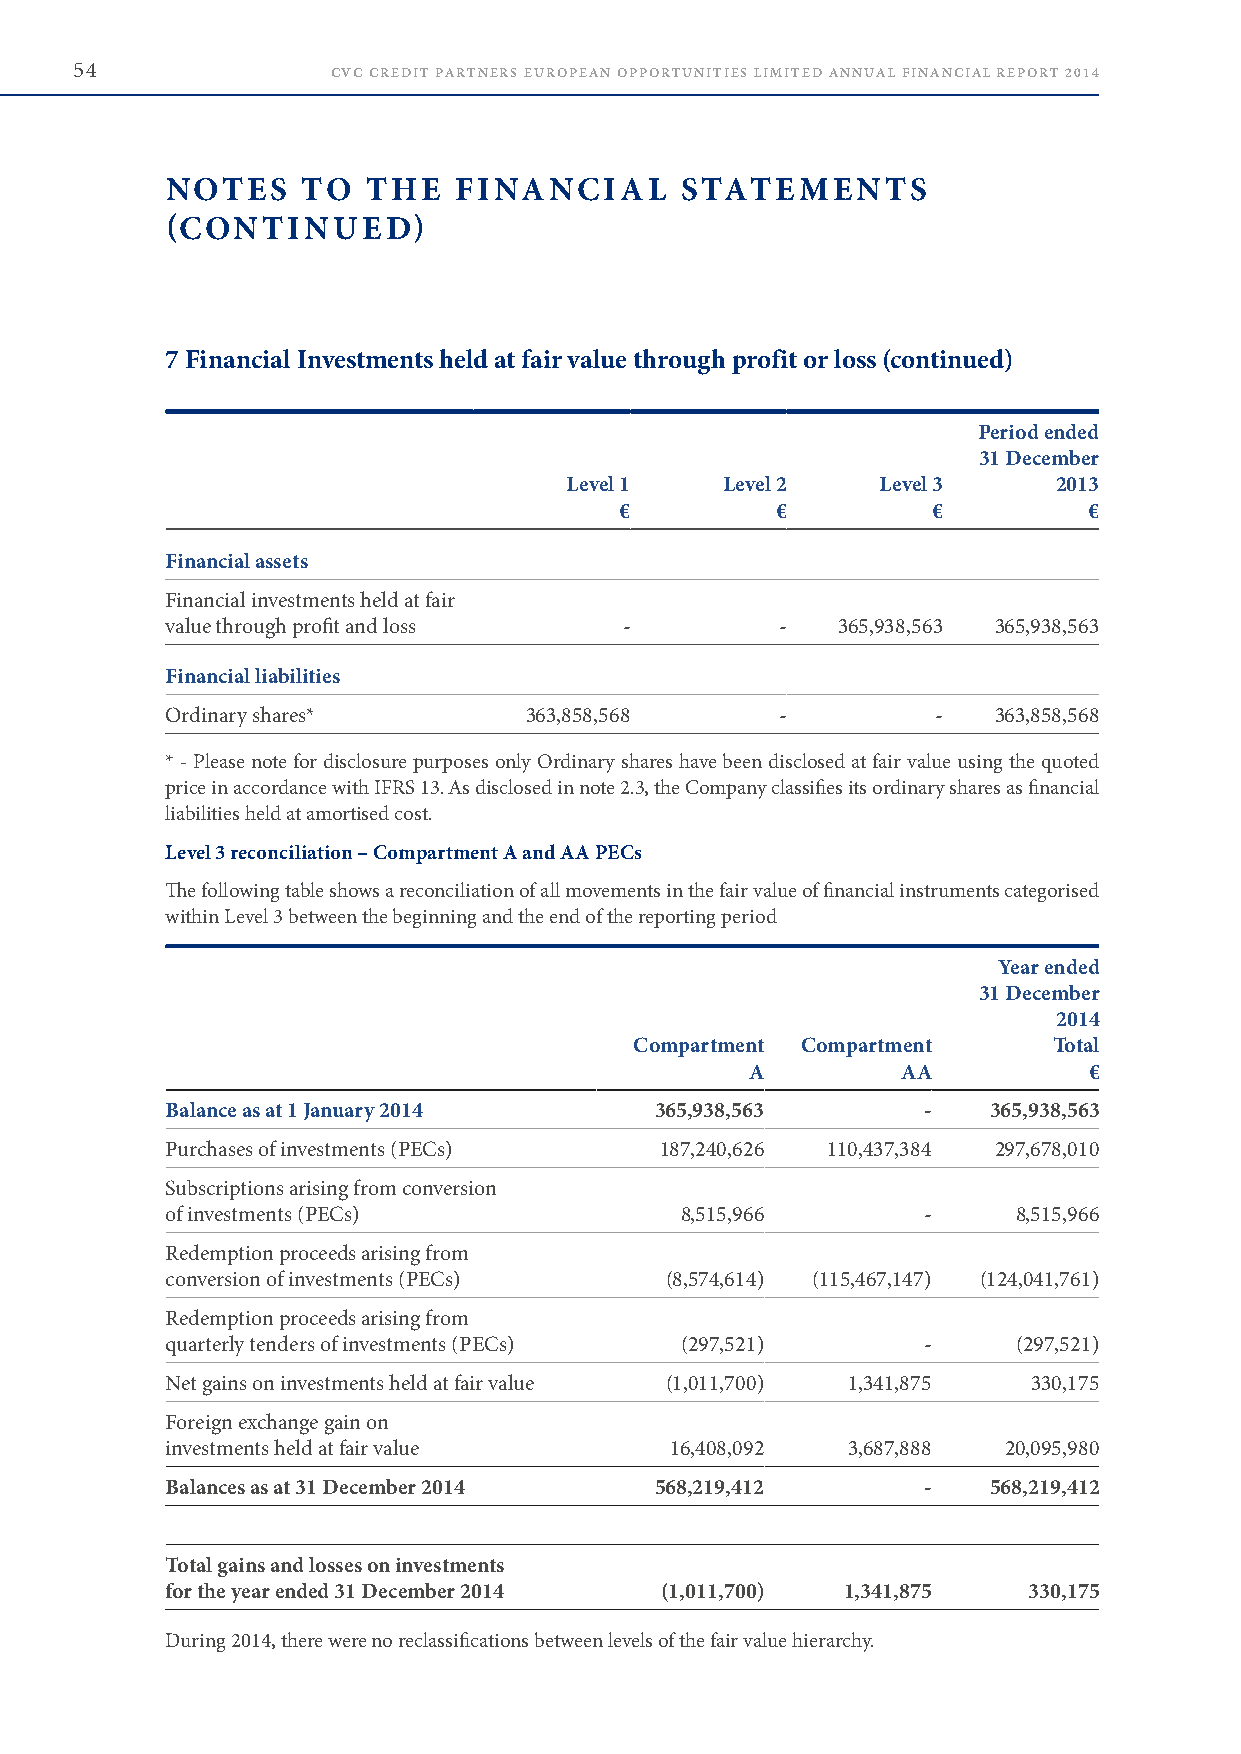
54               CVC CREDIT PARTNERS EUROPEAN OPPORTUNITIES LIMITED ANNUAL FINANCIAL REPORT 2014
 NOTES    TO  THE   FINANCIAL      STATEMENTS
 (CONTINUED)
 7 Financial Investments held at fair value through profit or loss (continued)
 Period ended
 31 December
 Level 1    Level 2   Level 3     2013
 €         €          €         €
 Financial assets
 Financial investments held at fair
 value through profit and loss -          -  365,938,563 365,938,563
 Financial liabilities
 Ordinary shares*        363,858,568      -         -   363,858,568
 * - Please note for disclosure purposes only Ordinary shares have been disclosed at fair value using the quoted
 price in accordance with IFRS 13 . As disclosed in note 2 .3, the Company classifies its ordinary shares as financial
 liabilities held at amortised cost .
 Level 3 reconciliation – Compartment A and AA PECs
 The following table shows a reconciliation of all movements in the fair value of financial instruments categorised
 within Level 3 between the beginning and the end of the reporting period
 Year ended
 31 December
 2014
 Compartment Compartment     Total
 A         AA          €
 Balance as at 1 January 2014    365,938,563       -   365,938,563
 Purchases of investments (PECs)  187,240,626 110,437,384 297,678,010
 Subscriptions arising from conversion
 of investments (PECs)             8,515,966       -     8,515,966
 Redemption proceeds arising from
 conversion of investments (PECs) (8,574,614) (115,467,147) (124,041,761)
 Redemption proceeds arising from
 quarterly tenders of investments (PECs) (297,521) -     (297,521)
 Net gains on investments held at fair value (1,011,700) 1,341,875 330,175
 Foreign exchange gain on
 investments held at fair value   16,408,092  3,687,888  20,095,980
 Balances as at 31 December 2014 568,219,412       -   568,219,412
 Total gains and losses on investments
 for the year ended 31 December 2014 (1,011,700) 1,341,875 330,175
 During 2014, there were no reclassifications between levels of the fair value hierarchy .